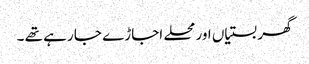
گھر بستیاں اور محلے اجاڑے جا رہے تھے ۔